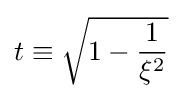
t\equiv {\sqrt {1-{\frac {1}{\xi ^{2}}}}}